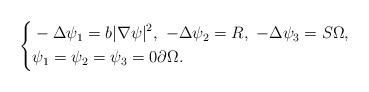
LaTeX: \begin{align*}\left\{\begin{aligned}&-\Delta\psi_1=b|\nabla\psi|^2,\ -\Delta\psi_2=R,\ -\Delta\psi_3=S\Omega,\\ &\psi_1=\psi_2=\psi_3=0\partial\Omega.\end{aligned}\right. \end{align*}